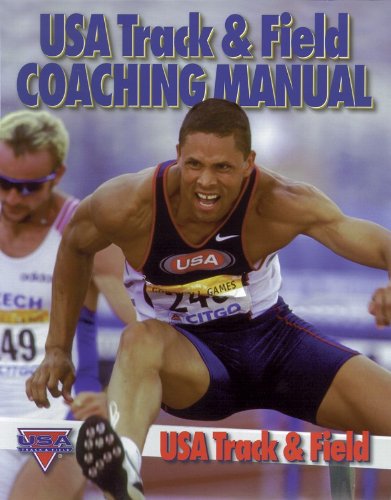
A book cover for USA Track & Field Coaching Manual; USA Track & Field; Sports & Outdoors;